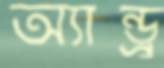
অ্যান্ড্রু